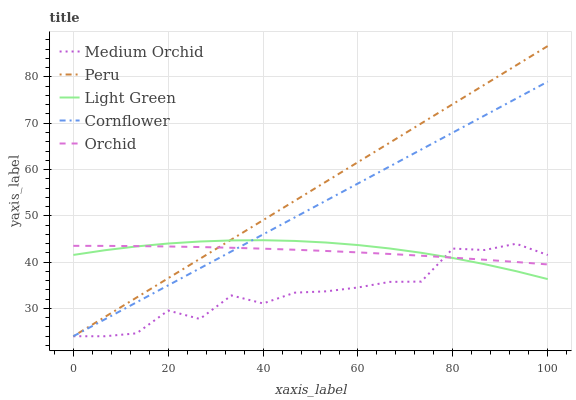
| xaxis_label | Medium Orchid | Peru | Light Green | Cornflower | Orchid |
 | --- | --- | --- | --- | --- | --- |
 | 0 | 24 | 24 | 41.6 | 24 | 43.5 |
 | 6.67 | 24 | 28.2 | 42.6 | 27.7 | 43.5 |
 | 13.3 | 24.6 | 32.4 | 43.4 | 31.3 | 43.5 |
 | 20 | 29.6 | 36.5 | 44 | 35 | 43.4 |
 | 26.7 | 27.7 | 40.7 | 44.5 | 38.7 | 43.3 |
 | 33.3 | 32.8 | 44.9 | 44.7 | 42.3 | 43.1 |
 | 40 | 31.1 | 49.1 | 44.7 | 46 | 42.9 |
 | 46.7 | 33.4 | 53.2 | 44.6 | 49.7 | 42.7 |
 | 53.3 | 33.7 | 57.4 | 44.2 | 53.3 | 42.4 |
 | 60 | 34.5 | 61.6 | 43.7 | 57 | 42.1 |
 | 66.7 | 35.7 | 65.8 | 43 | 60.7 | 41.8 |
 | 73.3 | 35.8 | 70 | 42 | 64.3 | 41.4 |
 | 80 | 42.9 | 74.1 | 40.9 | 68 | 41 |
 | 86.7 | 42.6 | 78.3 | 39.6 | 71.6 | 40.5 |
 | 93.3 | 44 | 82.5 | 38.1 | 75.3 | 40 |
 | 100 | 41.5 | 86.7 | 36.3 | 79 | 39.5 |